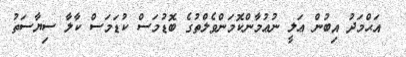
އަޙްމަދު އިބުން ޢަލީ ނުޢުމާންކޮމަންވެލްތުގެ ބޮޑުމަސް ކުޑަމަސް ކާލާ ސިޔާސަތު